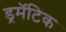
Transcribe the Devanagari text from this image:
ड्रमॅटिक